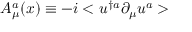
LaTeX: A _ { \mu } ^ { a } ( x ) \equiv - i < u ^ { \dagger a } \partial _ { \mu } u ^ { a } >